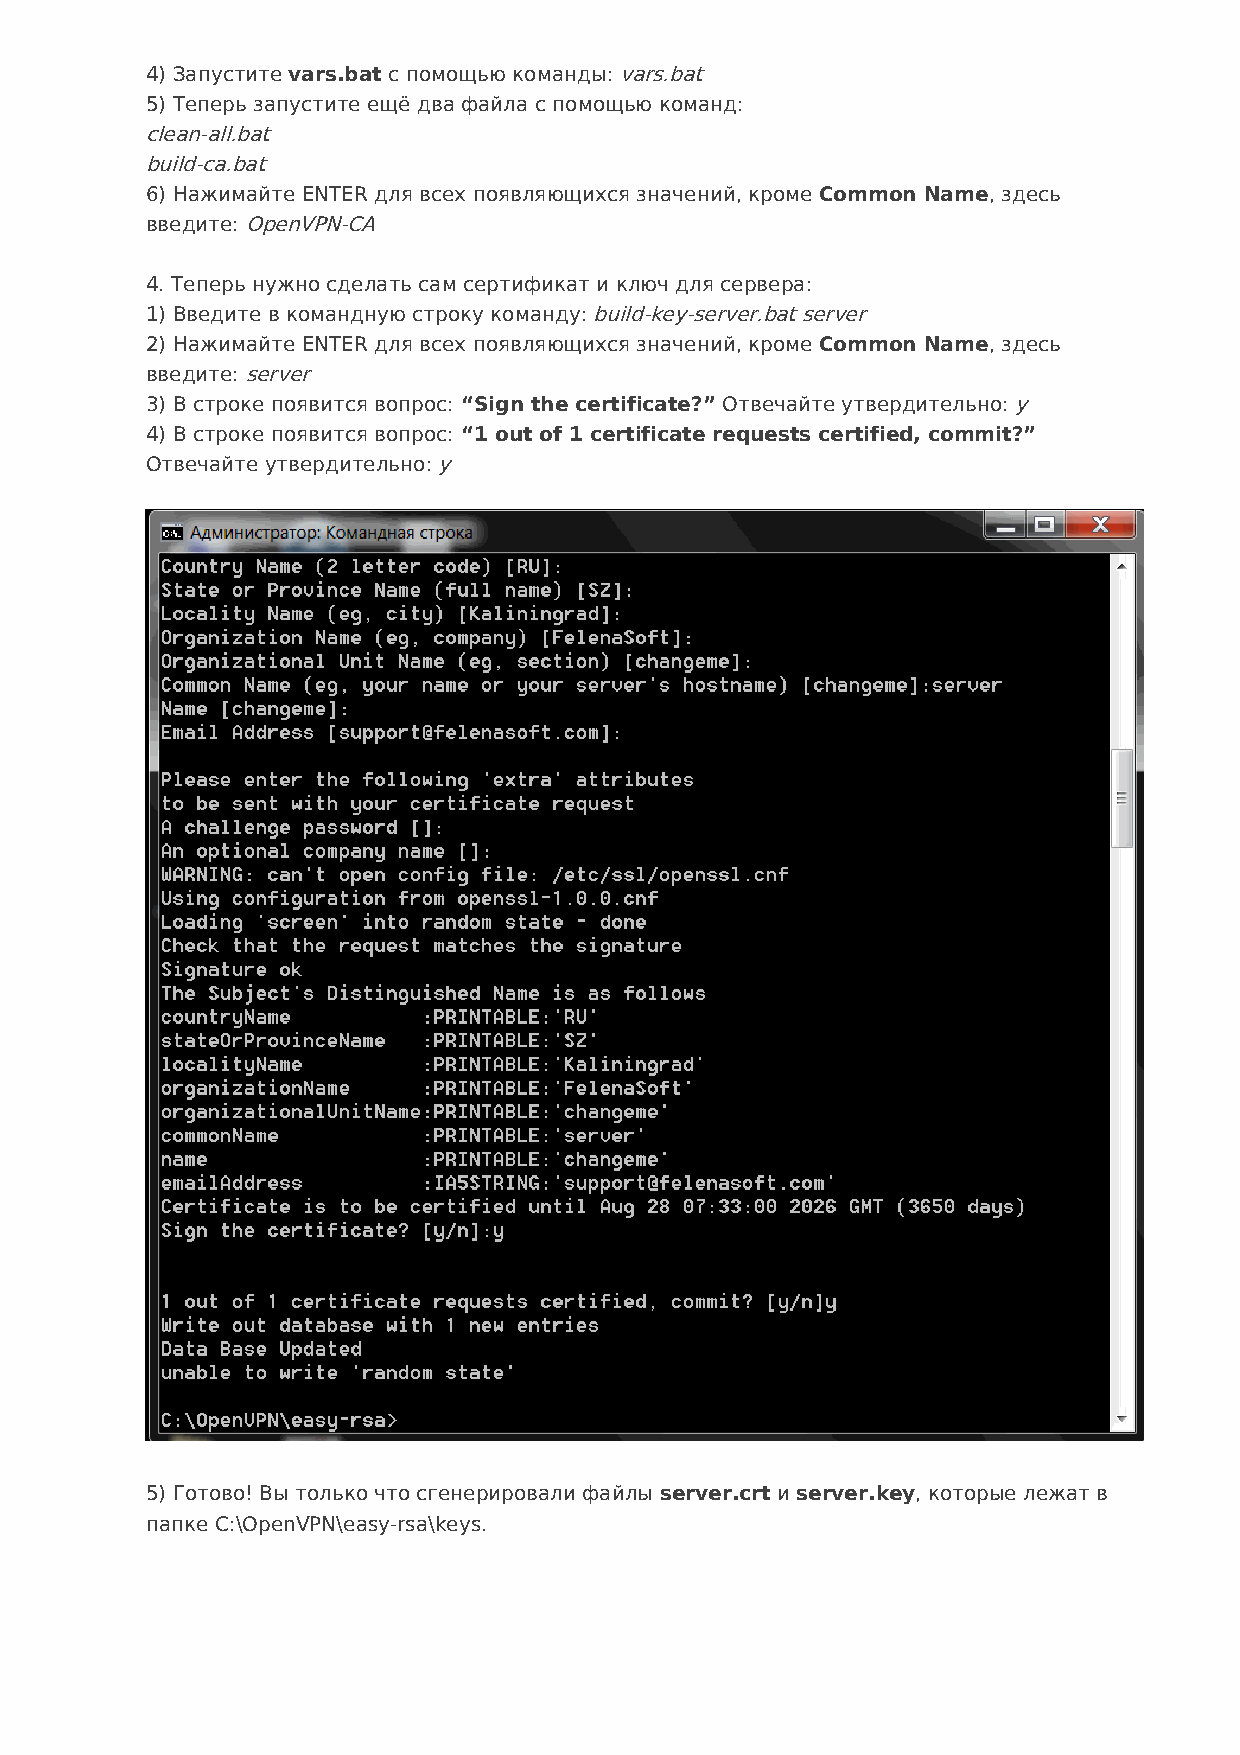
4) Запустите vars.bat с помощью команды: vars.bat
 5) Теперь запустите ещё два файла с помощью команд:
 clean-all.bat
 build-ca.bat
 6) Нажимайте ENTER для всех появляющихся значений, кроме Common Name, здесь
 введите: OpenVPN-CA
 4. Теперь нужно сделать сам сертификат и ключ для сервера:
 1) Введите в командную строку команду: build-key-server.bat server
 2) Нажимайте ENTER для всех появляющихся значений, кроме Common Name, здесь
 введите: server
 3) В строке появится вопрос: “Sign the certificate?” Отвечайте утвердительно: y
 4) В строке появится вопрос: “1 out of 1 certificate requests certified, commit?”
 Отвечайте утвердительно: y
 5) Готово! Вы только что сгенерировали файлы server.crt и server.key, которые лежат в
 папке C:\OpenVPN\easy-rsa\keys.